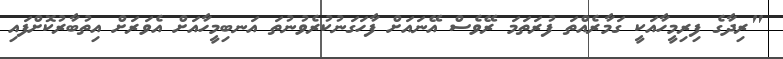
"ރިދާގެ ފިރިމީހާއަކީ ގަމާރެއްތަ ފުރަތަމަ ރޭވެސް އޭނައަށް ފާހަގަނުކުރެވުނުތަ އަނބިމީހާއަށް އެވަރަށް އިތުބާރުކޮށްފައި